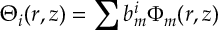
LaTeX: { \Theta _ { i } ( r , z ) = \sum _ { } ^ { } { b _ { m } ^ { i } \Phi _ { m } ( r , z ) } }